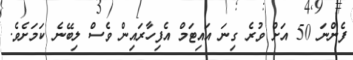
ފެންނަ 50 އަށް ވުރެ ގިނަ އައިޓަމް އެފިހާރައިން ވެސް ލިބޭނެ ކަމަށެވެ.